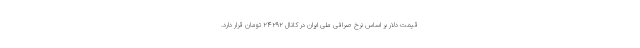
قیمت دلار بر اساس نرخ صرافی ملی ایران در کانال ۲۴۲۹۲ تومان قرار دارد.